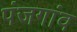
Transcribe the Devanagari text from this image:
पंजगांव